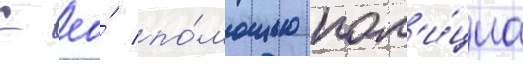
С ео́ по́мощью пол'и́циа